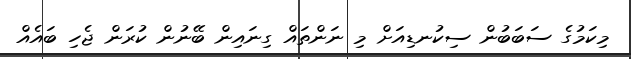
މިކަމުގެ ސަބަބުން ސިކުނޑިއަށް މި ނަންތައް ގިނައިން ބޭނުން ކުރަން ޖެހި ބައެއް